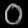
Digit: ၀